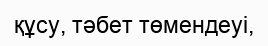
құсу, тәбет төмендеуі,